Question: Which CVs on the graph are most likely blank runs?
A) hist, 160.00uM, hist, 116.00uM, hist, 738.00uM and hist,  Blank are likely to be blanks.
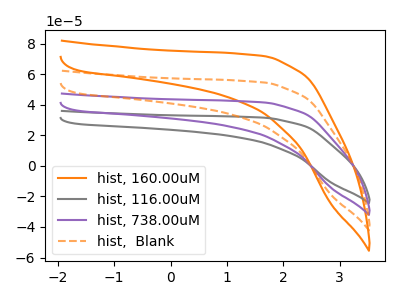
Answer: <think>The orange curve "hist, 160.00uM" has no peaks. The gray curve "hist, 116.00uM" has no peaks. The purple curve "hist, 738.00uM" has no peaks. The orange dashed curve "hist,  Blank" has no peaks.</think>
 <answer>A) "hist, 160.00uM", "hist, 116.00uM", "hist, 738.00uM" and "hist,  Blank" are likely to be blanks.</answer>
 <eval>A</eval>